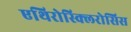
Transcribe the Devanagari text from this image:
एथिरोस्क्लिरोसिस